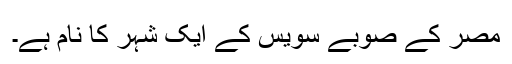
مصر کے صوبے سویس کے ایک شہر کا نام ہے۔